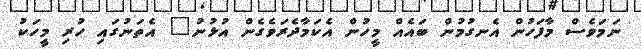
ނަމަވެސް މާފަހުން އެނގުމުން ބައެއް މީހުން އެކަމާދެރަވެގެން އުޅުނު" އެތަނުގައި ހުރި މީހަކު